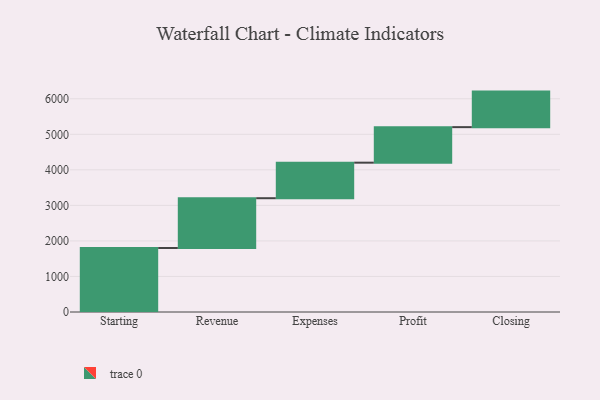
{"axis": {"x": "Step", "y": "Value"}, "legend": [""], "data": [{"x": "Starting", "y": 1801.0, "type": ""}, {"x": "Revenue", "y": 1401.0, "type": ""}, {"x": "Expenses", "y": 1000, "type": ""}, {"x": "Profit", "y": 1000, "type": ""}, {"x": "Closing", "y": 1000, "type": ""}]}